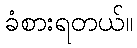
ခံစားရတယ်။